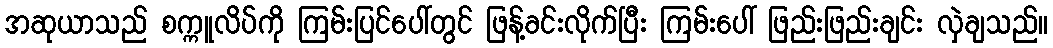
အဆုယာသည် စက္ကူလိပ်ကို ကြမ်းပြင်ပေါ်တွင် ဖြန့်ခင်းလိုက်ပြီး ကြမ်းပေါ် ဖြည်းဖြည်းချင်း လှဲချသည်။